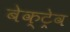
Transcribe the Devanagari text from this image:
बेक्ट्रेव